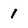
Character: 1